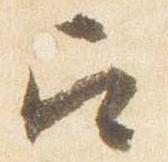
召